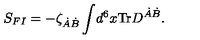
S _ { F I } = - \zeta _ { \dot { A } \dot { B } } \int \! d ^ { 6 } x \mathrm { T r } D ^ { \dot { A } \dot { B } } .